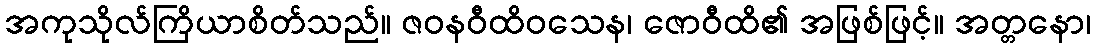
အကုသိုလ်ကြိယာစိတ်သည်။ ဇဝနဝီထိဝသေန၊ ဇောဝီထိ၏ အဖြစ်ဖြင့်။ အတ္တနော၊